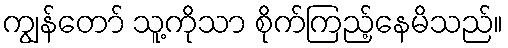
ကျွန်တော် သူ့ကိုသာ စိုက်ကြည့်နေမိသည်။